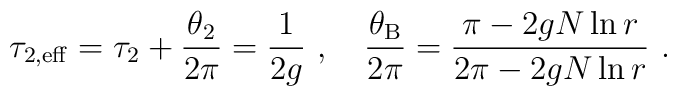
\tau_{2,\rm eff} = \tau_2 + \frac{\theta_2}{2\pi} = \frac{1}{2g}\ , \quad\frac{\theta_{\rm B}}{2\pi} = \frac{\pi - 2gN \ln r}{2\pi - 2gN \ln r}\ .